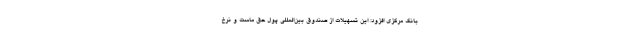
بانک مرکزی افزود: این تسهیلات از صندوق بین‌المللی پول حق ماست و نرخ